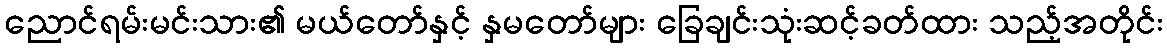
ညောင်ရမ်းမင်းသား၏ မယ်တော်နှင့် နှမတော်များ ခြေချင်းသုံးဆင့်ခတ်ထား သည့်အတိုင်း